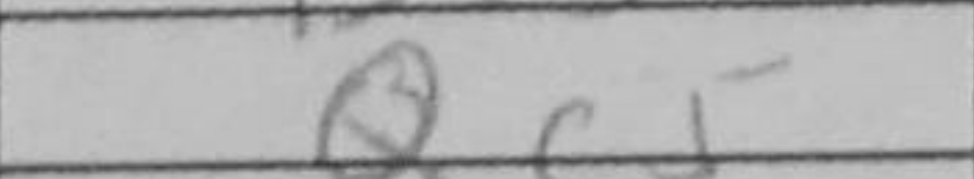
Transcription: Qc5